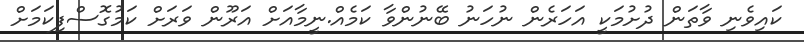
ކައިވެނި ވާތަން ދުށުމަކީ އަހަރެން ނުހަނު ބޭނުންވާ ކަމެއް.ނީމާއަށް އަރޫން ވަރަށް ކަމުގޮސްފިކަމަށް